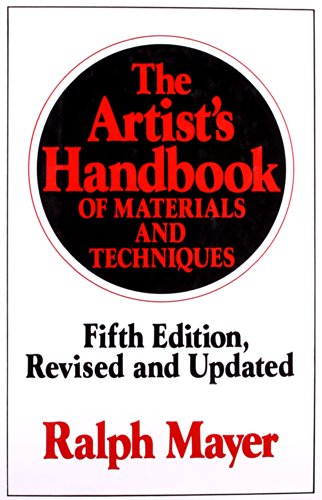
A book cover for The Artist's Handbook of Materials and Techniques: Fifth Edition, Revised and Updated (Reference); Ralph Mayer; Arts & Photography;